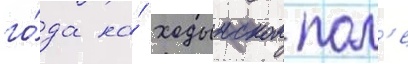
го́да на́ ходынском пол'е